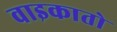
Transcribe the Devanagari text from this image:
वाइकातो